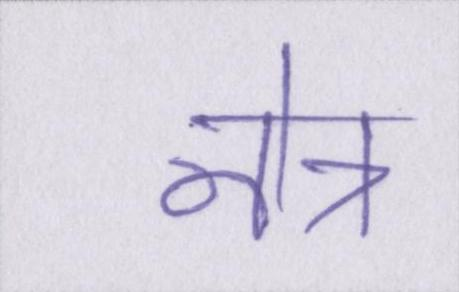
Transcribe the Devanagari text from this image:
नेत्र